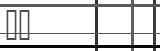
٢٤